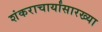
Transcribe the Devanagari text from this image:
शंकराचार्यांसारख्या